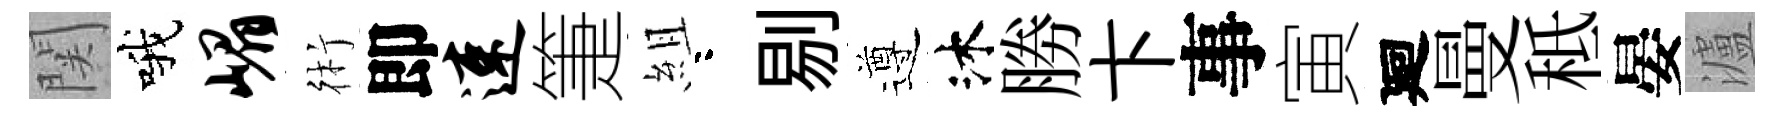
関哦嵋術即速箑組咯剔遵沐勝卞事寅廻曼秪晏瀘